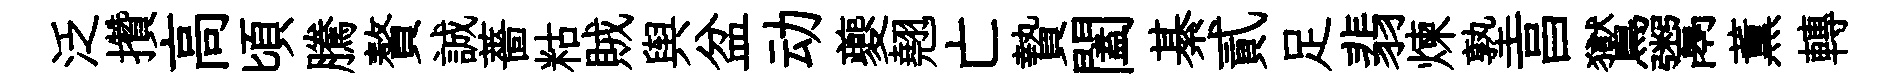
泛攢高頃騰贅誠薔䊀賊舆盆动夔翹亡贄闔綦貳足翡煉塾亯鸑鬻薫轉